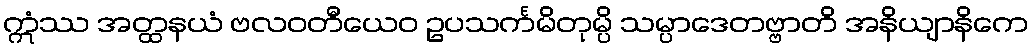
ဣံဿ အတ္ထနယံ ဗလဝတီယေဝ ဥပသင်္ကမိတုမ္ပိ သမ္ပာဒေတဗ္ဗာတိ အနိယျာနိကေ